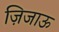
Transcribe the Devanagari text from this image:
ज़िजाऊ